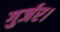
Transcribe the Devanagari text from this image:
गुर्जर।